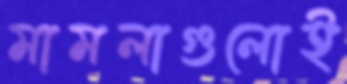
মামলাগুলোই